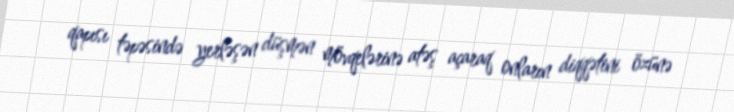
qapısı təpəsində yerləşən düşmən mövqelərinə atəş açaraq onların diqqətini özünə